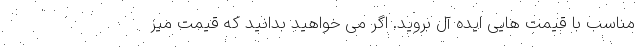
مناسب با قیمت هایی ایده آل بروید. اگر می خواهید بدانید که قیمت میز